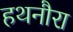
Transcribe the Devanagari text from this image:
हथनौरा